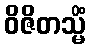
ဝိဇိတသ္မိံ